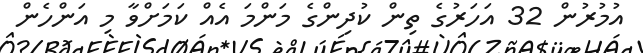
އުމުރުން 32 އަހަރުގެ ތިން ކުދިންގެ މަންމަ އެއް ކަމަށްވާ މި އަންހެން